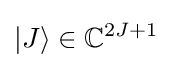
|J\rangle \in \mathbb {C} ^{2J+1}